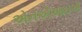
એનએઆઇએ